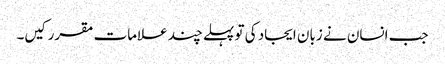
جب انسان نے زبان ایجاد کی تو پہلے چند علامات مقرر کیں۔